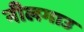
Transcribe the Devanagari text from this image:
नीलगाउ